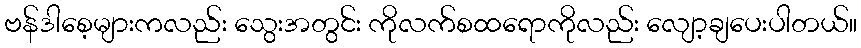
ဗန်ဒါစေ့များကလည်း သွေးအတွင်း ကိုလက်စထရောကိုလည်း လျော့ချပေးပါတယ်။